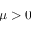
\mu > 0